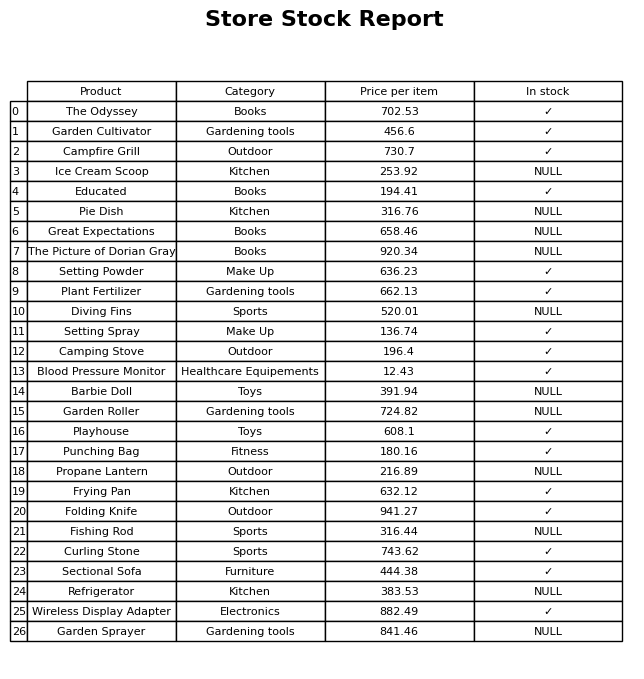
question: Which products are available in stock?
answer: The Odyssey, Garden Cultivator, Campfire Grill, Educated, Setting Powder, Plant Fertilizer, Setting Spray, Camping Stove, Blood Pressure Monitor, Playhouse, Punching Bag, Frying Pan, Folding Knife, Curling Stone, Sectional Sofa, Wireless Display Adapter